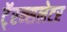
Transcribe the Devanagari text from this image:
टॅ्रन्सलेटर